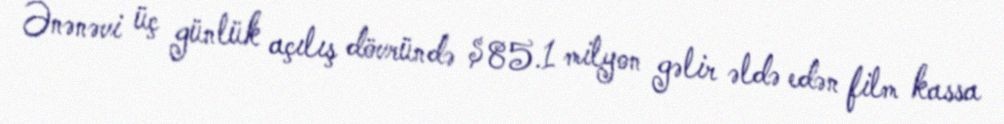
Ənənəvi üç günlük açılış dövründə $85.1 milyon gəlir əldə edən film kassa